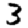
Digit: 3